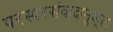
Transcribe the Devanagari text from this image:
परस्परसंवादानुकूल